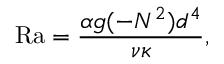
\mathrm { R a } = \frac { \alpha g ( - N ^ { 2 } ) d ^ { 4 } } { \nu \kappa } ,